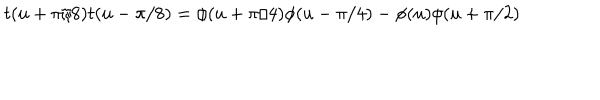
LaTeX: t ( u + \pi / 8 ) t ( u - \pi / 8 ) = \phi ( u + \pi / 4 ) \phi ( u - \pi / 4 ) - \phi ( u ) \phi ( u + \pi / 2 )